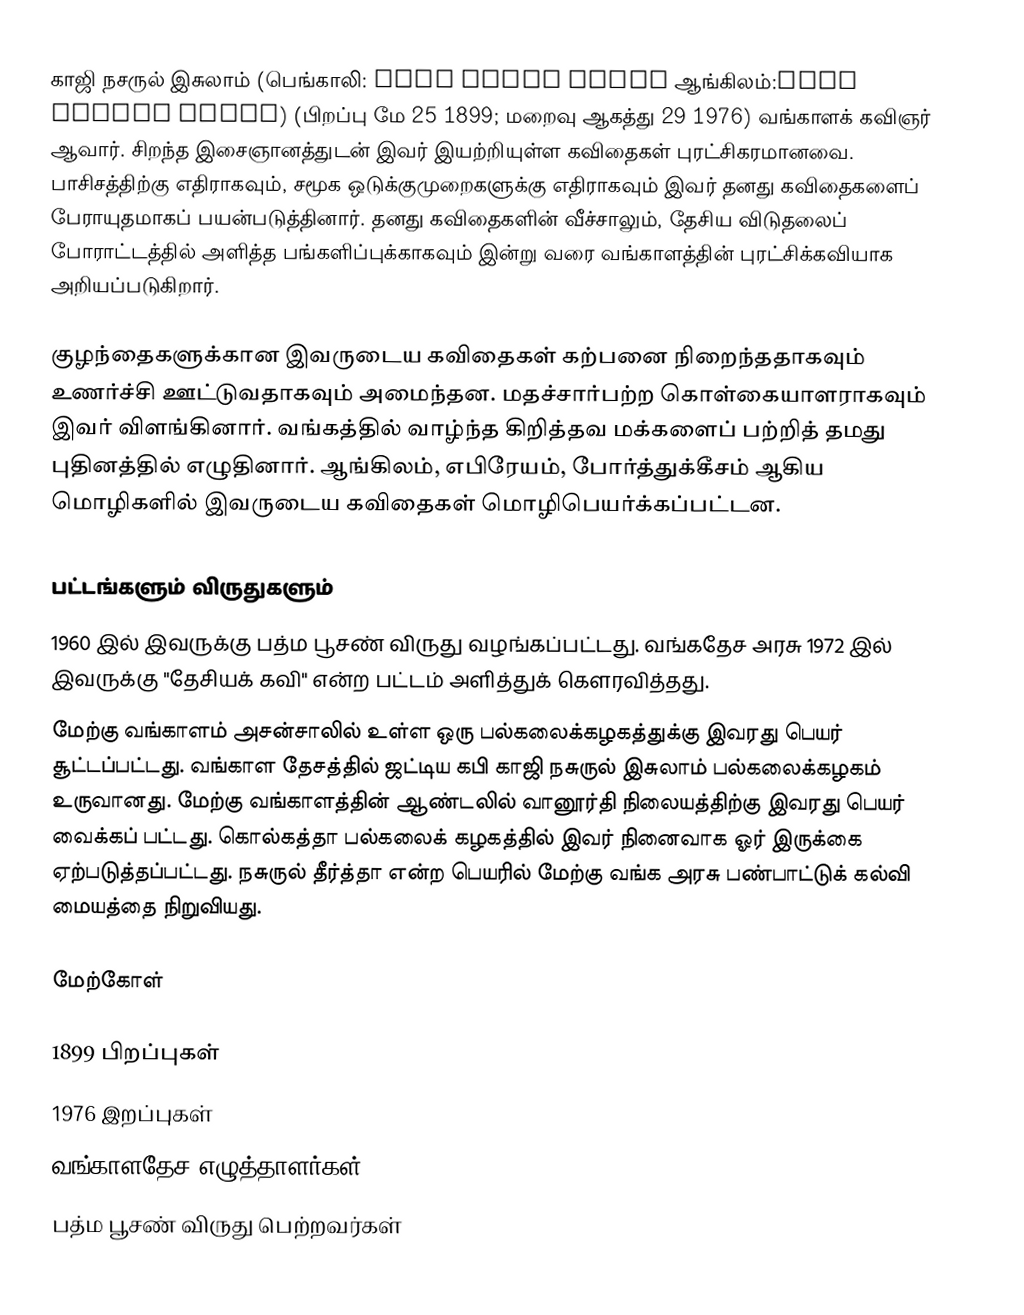
காஜி நசருல் இசுலாம் (பெங்காலி: কাজী নজরুল ইসলাম ஆங்கிலம்:Kazi Nozrul Islam) (பிறப்பு மே 25 1899; மறைவு ஆகத்து 29 1976) வங்காளக் கவிஞர் ஆவார். சிறந்த இசைஞானத்துடன் இவர் இயற்றியுள்ள கவிதைகள் புரட்சிகரமானவை. பாசிசத்திற்கு எதிராகவும், சமூக ஒடுக்குமுறைகளுக்கு எதிராகவும் இவர் தனது கவிதைகளைப் பேராயுதமாகப் பயன்படுத்தினார். தனது கவிதைகளின் வீச்சாலும், தேசிய விடுதலைப் போராட்டத்தில் அளித்த பங்களிப்புக்காகவும் இன்று வரை வங்காளத்தின் புரட்சிக்கவியாக அறியப்படுகிறார்.

குழந்தைகளுக்கான இவருடைய கவிதைகள் கற்பனை நிறைந்ததாகவும் உணர்ச்சி ஊட்டுவதாகவும் அமைந்தன. மதச்சார்பற்ற கொள்கையாளராகவும் இவர் விளங்கினார்.  வங்கத்தில் வாழ்ந்த கிறித்தவ மக்களைப் பற்றித் தமது புதினத்தில் எழுதினார். ஆங்கிலம், எபிரேயம், போர்த்துக்கீசம் ஆகிய மொழிகளில் இவருடைய கவிதைகள் மொழிபெயர்க்கப்பட்டன.

பட்டங்களும் விருதுகளும்
1960 இல் இவருக்கு பத்ம பூசண் விருது வழங்கப்பட்டது. வங்கதேச அரசு 1972 இல் இவருக்கு "தேசியக் கவி" என்ற பட்டம் அளித்துக் கௌரவித்தது.
மேற்கு வங்காளம் அசன்சாலில் உள்ள ஒரு பல்கலைக்கழகத்துக்கு இவரது பெயர் சூட்டப்பட்டது. வங்காள தேசத்தில் ஜட்டிய கபி காஜி நசுருல் இசுலாம் பல்கலைக்கழகம் உருவானது. மேற்கு வங்காளத்தின் ஆண்டலில் வானூர்தி நிலையத்திற்கு இவரது பெயர் வைக்கப் பட்டது. கொல்கத்தா பல்கலைக் கழகத்தில் இவர் நினைவாக ஓர் இருக்கை ஏற்படுத்தப்பட்டது. நசுருல் தீர்த்தா என்ற பெயரில் மேற்கு வங்க அரசு பண்பாட்டுக் கல்வி மையத்தை நிறுவியது.

மேற்கோள்

1899 பிறப்புகள்
1976 இறப்புகள்
வங்காளதேச எழுத்தாளர்கள்
பத்ம பூசண் விருது பெற்றவர்கள்